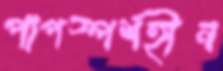
পাপস্পর্শহীন